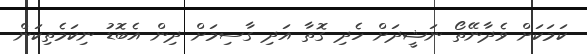
ކަމަކަށް ވެދާނޭތޯ ނަޝީދަށް ހެދި ގޮތާ އަދި ގާސިމަށް ދިން އެބޮޑު ނިކަމެތިކަން